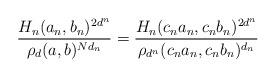
LaTeX: \begin{align*}\frac{H_n(a_n, b_n)^{2d^n}}{\rho_d(a,b)^{Nd_n}} = \frac{H_n(c_na_n, c_nb_n)^{2d^n}}{\rho_{d^n}(c_na_n,c_nb_n)^{d_n}}\end{align*}